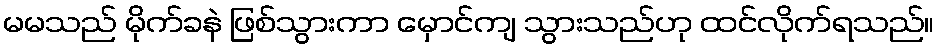
မမသည် မိုက်ခနဲ ဖြစ်သွားကာ မှောင်ကျ သွားသည်ဟု ထင်လိုက်ရသည်။